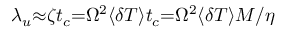
\lambda _ { u } { \approx } { \zeta } t _ { c } { = } \Omega ^ { 2 } { \langle } { \delta } T { \rangle } t _ { c } { = } \Omega ^ { 2 } { \langle } { \delta } T { \rangle } M / \eta